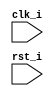
/*  */
module kamikaze_writeback(clk_i,
			rst_i);
	input clk_i;
	input rst_i;
	
	
endmodule